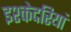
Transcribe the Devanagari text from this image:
इश्केदरियां